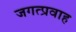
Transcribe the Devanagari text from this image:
जगत्प्रवाह